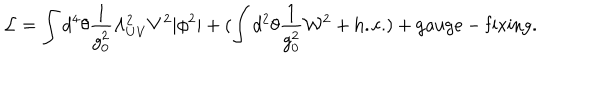
LaTeX: { \cal L } = \int d ^ { 4 } \theta \frac { 1 } { g _ { 0 } ^ { 2 } } \Lambda _ { U V } ^ { 2 } V ^ { 2 } | \phi ^ { 2 } | + ( \int d ^ { 2 } \theta \frac { 1 } { g _ { 0 } ^ { 2 } } { \cal W } ^ { 2 } + \mathrm { h . c . } ) + \mathrm { g a u g e - f i x i n g } .